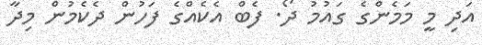
އަދި މީ މަަމެންގެ ގައުމު ދޯ. ފެބް އެކެއްގެ ފަހުން ދެކެމުން މިދާ